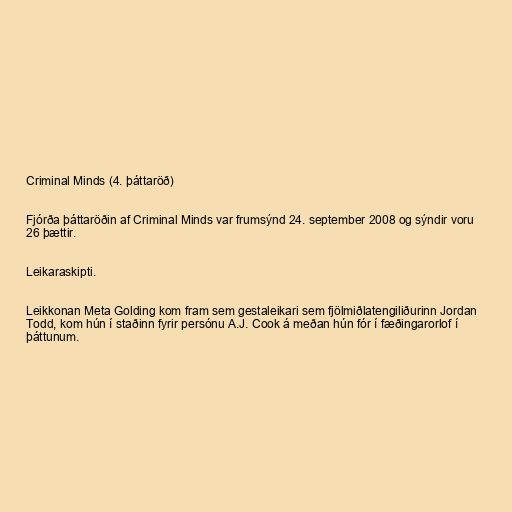
Criminal Minds (4. þáttaröð)

Fjórða þáttaröðin af Criminal Minds var frumsýnd 24. september 2008 og sýndir voru
26 þættir.

Leikaraskipti.

Leikkonan Meta Golding kom fram sem gestaleikari sem fjölmiðlatengiliðurinn Jordan
Todd, kom hún í staðinn fyrir persónu A.J. Cook á meðan hún fór í fæðingarorlof í
þáttunum.